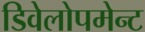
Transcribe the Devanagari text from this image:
डिवेलोपमेन्ट